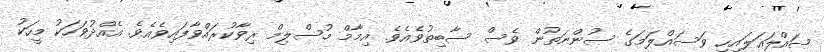
ޞައްލަޢަލައިހި ވަސައްލަމަގެ ސުންނަތުން ވެސް ސާބިތުވެއެވެ. އިމާމް މުސްލިމް ރިވާކުރައްވާފައިވެއެވެ. އެއްދުވަހަކު މީހަކު